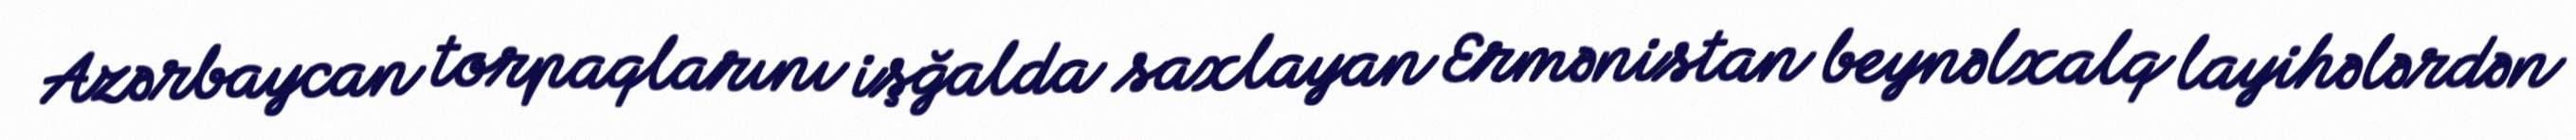
Azərbaycan torpaqlarını işğalda saxlayan Ermənistan beynəlxalq layihələrdən